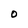
Character: o